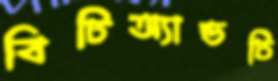
বিটিঅ্যান্ডটি